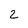
Character: 2